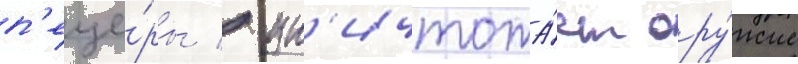
п'еще́ры / ун'ичтожа́ет ору́жие